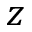
z